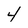
Character: 4